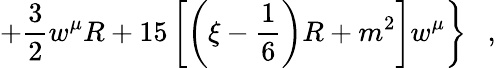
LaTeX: \left.+\frac 32w^{\mu}R+15\left[\left(\xi-\frac 16\right)R+m^{2}\right]w^{\mu}\right\} ~~~,